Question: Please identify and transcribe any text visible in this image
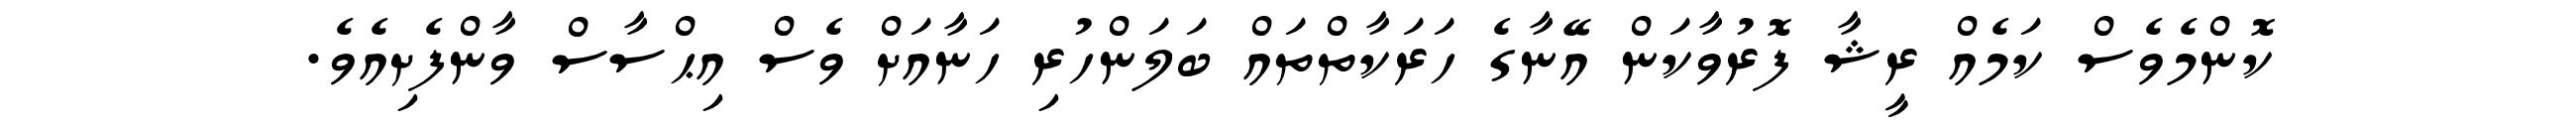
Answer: ކޮންމެވެސް ކަމެއް ރީޝާ ފޮރުވާކަން އޭނާގެ ހަރަކާތްތައް ބަލަންހުރި ހަނާއަށް ވެސް އިޙްސާސް ވާންފެށިއެވެ.